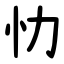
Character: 忇